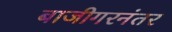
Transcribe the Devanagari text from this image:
बाजीगरनंतर